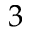
3